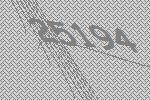
25194